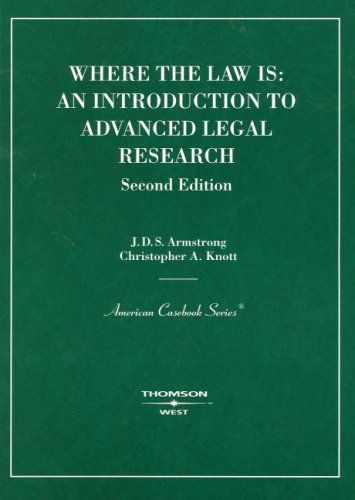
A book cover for Where the Law Is: An Introduction to Advanced Legal Research; J. D. S. Armstrong; Law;